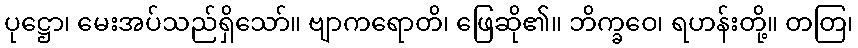
ပုဋ္ဌော၊ မေးအပ်သည်ရှိသော်။ ဗျာကရောတိ၊ ဖြေဆို၏။ ဘိက္ခဝေ၊ ရဟန်းတို့။ တတြ၊